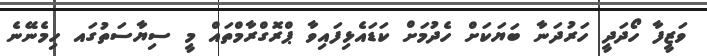
ވަޒީފާ ހޯދަދީ ހަރުދަނާ ބަޔަކަށް ހެދުމަށް ކަޑައެޅިފައިވާ ޕްރޮގްރާމްތައް މީ ސިޔާސަތުގައ ހިމެނޭނެ